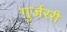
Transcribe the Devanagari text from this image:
गुर्जररी